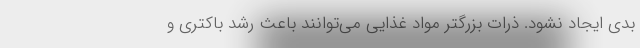
بدی ایجاد نشود. ذرات بزرگتر مواد غذایی می‌توانند باعث رشد باکتری و